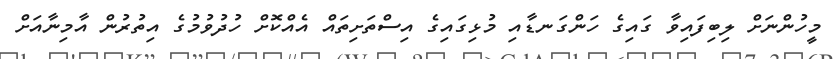
މީހުންނަށް ލިބިފައިވާ ގައިގެ ހަންގަނޑާއި މުޅިގައިގެ އިސްތަށިތައް އެއްކޮށް ހުދުވުމުގެ އިތުރުން އާމިނާއަށް